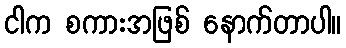
ငါက စကားအဖြစ် နောက်တာပါ။